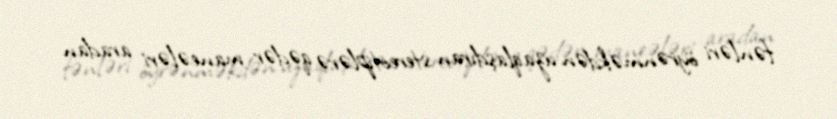
fənləri öyrənməkdən uzaqlaşdıran stereotiplərə qədər maneələri aradan